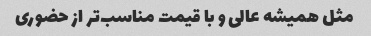
مثل همیشه عالی و با قیمت مناسب‌تر از حضوری